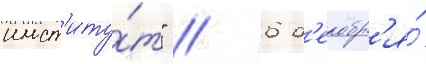
инст'иту́т" // 6 д'екабр'я́